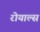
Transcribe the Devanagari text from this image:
रोयाल्स